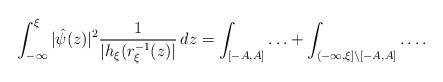
LaTeX: \begin{align*}\int_{-\infty}^{\xi} | \hat{\psi}(z) |^2 \frac{1}{| h_{\xi}(r_{\xi}^{-1}(z) |} \,dz = \int_{[-A, A]}\ldots + \int_{(-\infty, \xi] \setminus [-A, A]}\ldots.\end{align*}